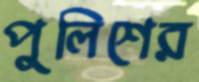
পুলিশের